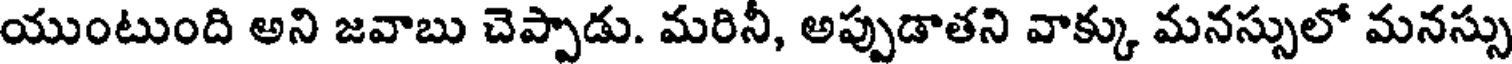
యుంటుంది అని జవాబు చెప్పాడు. మరినీ, అప్పుడాతని వాక్కు మనస్సులో మనస్సు